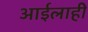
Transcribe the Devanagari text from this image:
आईलाही